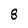
Character: 8